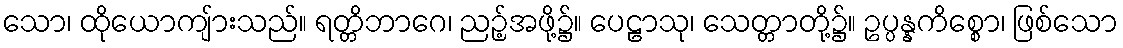
သော၊ ထိုယောကျ်ားသည်။ ရတ္တိဘာဂေ၊ ညဉ့်အဖို့၌။ ပေဠာသု၊ သေတ္တာတို့၌။ ဥပ္ပန္နကိစ္စော၊ ဖြစ်သော